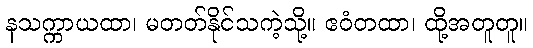
နသက္ကာယထာ၊ မတတ်နိုင်သကဲ့သို့။ ဧဝံတထာ၊ ထို့အတူတူ။